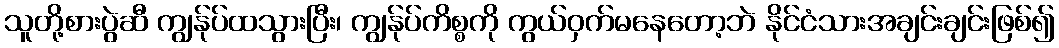
သူတို့စားပွဲဆီ ကျွန်ုပ်ထသွားပြီး၊ ကျွန်ုပ်ကိစ္စကို ကွယ်ဝှက်မနေတော့ဘဲ နိုင်ငံသားအချင်းချင်းဖြစ်၍